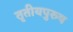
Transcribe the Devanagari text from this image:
तृतीयपुरुष